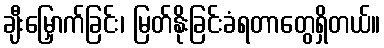
ချီးမြှောက်ခြင်း၊ မြတ်နိုးခြင်းခံရတာတွေရှိတယ်။